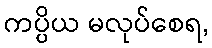
ကပ္ပိယ မလုပ်စေရ,